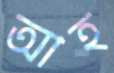
আহ